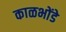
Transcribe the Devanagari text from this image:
काळभोंडे